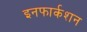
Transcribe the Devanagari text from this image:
इनफार्कशन